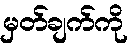
မှတ်ချက်ကို